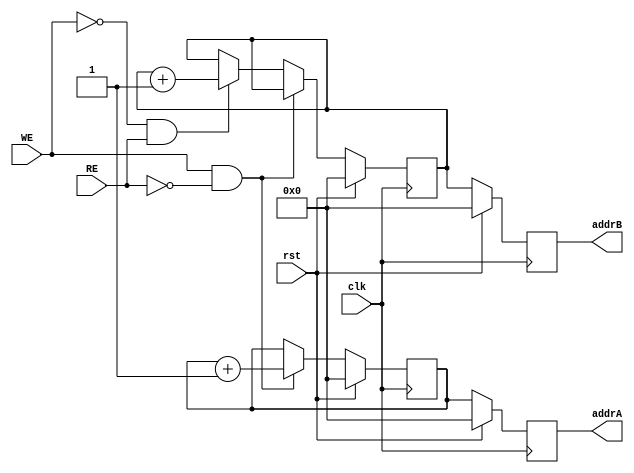
`timescale 1ns / 1ps

module Address(clk, rst, WE, RE, addrA, addrB);
input clk;
input rst;
input WE;
input RE;
output reg [3:0] addrA;
output reg [3:0] addrB;

//Rear -> Pointer for Write
reg [3:0] Rear;
//Front -> Pointer for Read
reg [3:0] Front;

always @ (posedge clk)
begin
	if(rst == 1'b1)
	begin
		Rear <= 4'b0;
		Front <= 4'b0;
		addrA <= 4'b0;
		addrB <= 4'b0;
	end
	
	else
	begin
		//Address Out
		addrA <= Rear;
		addrB <= Front;
		//In case Write. Increase Rear
		if(WE&~RE)
		begin
			Rear <= Rear + 1'd1;
		end
		//In case Read. Increase Front
		else if(~WE&RE)
		begin
			Front <= Front + 1'd1;
		end
		else
		begin
			Rear <= Rear;
			Front <= Front;
		end
	end
end
			

endmodule